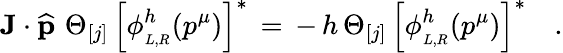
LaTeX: {\mathbf J}\cdot\widehat{\mathbf p}\, \, \Theta_{[j]}\, \left[\phi_{_{L,R}}^{h}({p}^{\mu})\right]^{\ast}\, =\, -\, h\, \Theta_{[j]}\, \left[\phi_{_{L,R}}^{h}({p}^{\mu})\right]^{\ast}\quad.